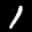
Label: 1